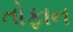
તોફાન